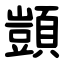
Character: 顗